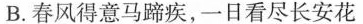
B.春风得意马蹄疾，一日看尽长安花